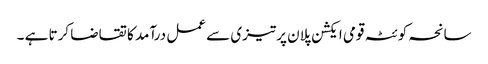
سانحہ کوئٹہ قومی ایکشن پلان پرتیزی سے عمل درآمد کا تقاضا کرتا ہے ۔